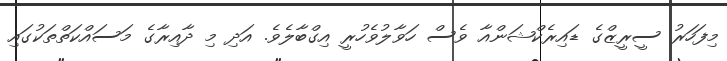
މިފަހަރު ސީރީޒްގެ ޑައިރެކްޝަންއާ ވެސް ހަވާލުވެހުރީ އިގްބާލެވެ. އަދި މި ދާއިރާގެ މަސައްކަތްތަކުގައި